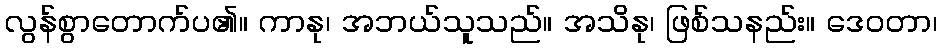
လွန်စွာတောက်ပ၏။ ကာနု၊ အဘယ်သူသည်။ အသိနု၊ ဖြစ်သနည်း။ ဒေဝတာ၊